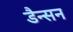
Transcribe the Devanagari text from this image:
डैन्सन